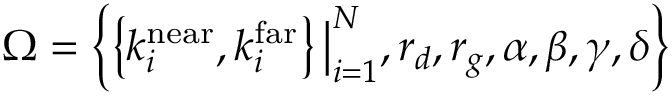
\Omega = \left\{ \left\{ k _ { i } ^ { \mathrm { n e a r } } , k _ { i } ^ { \mathrm { f a r } } \right\} \big | _ { i = 1 } ^ { N } , r _ { d } , r _ { g } , \alpha , \beta , \gamma , \delta \right\}